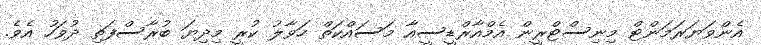
އެންވަޔަރަމަންޓް މިނިސްޓްރީން އެމްއާރްޑީސީއާ މަސައްކަތް ހަވާލު ކުރީ މިދިޔަ ބުރާސްފަތި ދުވަހު އެވެ.